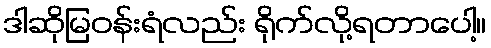
ဒါဆိုမြဝန်းရံလည်း ရိုက်လို့ရတာပေါ့။